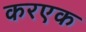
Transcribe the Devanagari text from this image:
करएक